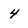
Character: 4